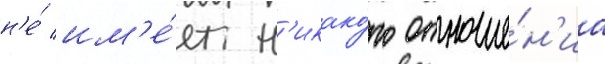
н'е́ им'е́ет н'икако́го отноше́н'иа